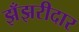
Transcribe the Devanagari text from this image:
झँझरीदार